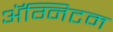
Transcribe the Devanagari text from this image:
ॲग्निटम